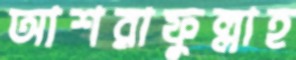
আশরাফুল্লাহ